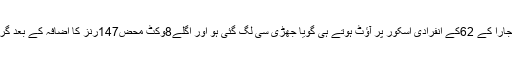
لیکن پجارا کے 62کے انفرادی اسکور پر آؤٹ ہوتے ہی گویا جھڑی سی لگ گئی ہو اور اگلے8وکٹ محض147رنز کا اضافہ کے بعد گر گئے۔